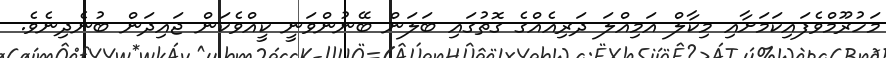
މަހުރޫމްވެފައިކަމަށާއި މިކާލް އަމިއްލަ ދަރިއެއްގެ ގޮތުގައި ބަލަން ބޭނުންވަނީ ކީއްވެކަން ޖައިދަން ބުނެދިނެވެ.